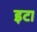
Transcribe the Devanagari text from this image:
इटा